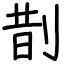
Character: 剒